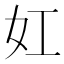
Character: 妅